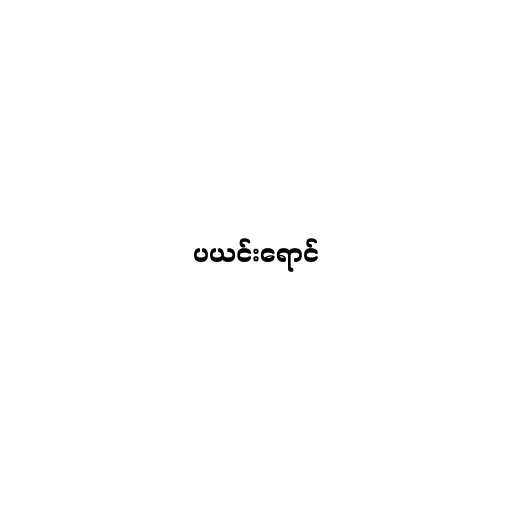
ပယင်းရောင်